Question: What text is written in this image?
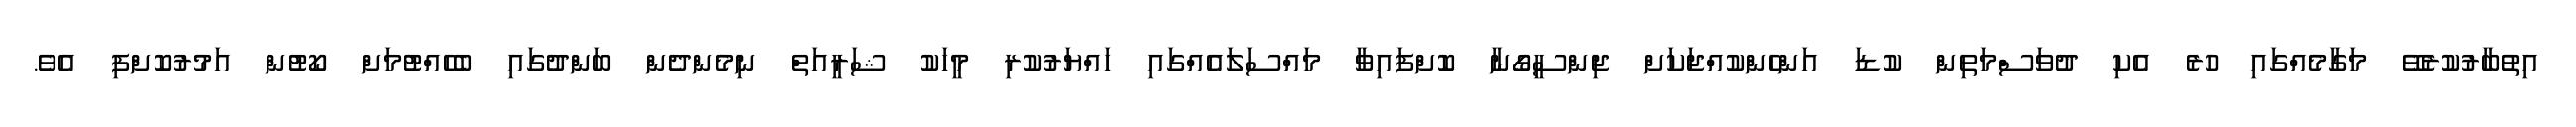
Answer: އިތުބާރުކުރެވޭ މަގާމެއްގައި ހުރެ އެކި ދުވަސްމަތިން ކުޑަ އަންހެންކުއްޖަކަށް ޖިންސީގޯނާ ކޮށްފައިވާ މައްސަލައެއްގައި ހައްޔަރުކުރި މީހަކު ޝަރީއަތް ނިމެންދެން ބަންދުގައި ބެހެއްޓުމަށް ކޯޓުން އަމުރުކޮށްފި އެވެ.